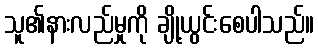
သူ၏နားလည်မှုကို ချို့ယွင်းစေပါသည်။